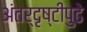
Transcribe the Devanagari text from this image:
अंतर्दृष्टीपुढे